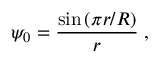
\psi _ { 0 } = \frac { \sin \left( \pi r / R \right) } { r } \; ,